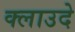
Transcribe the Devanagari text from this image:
क्लाउदे